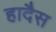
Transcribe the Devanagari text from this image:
हादैस